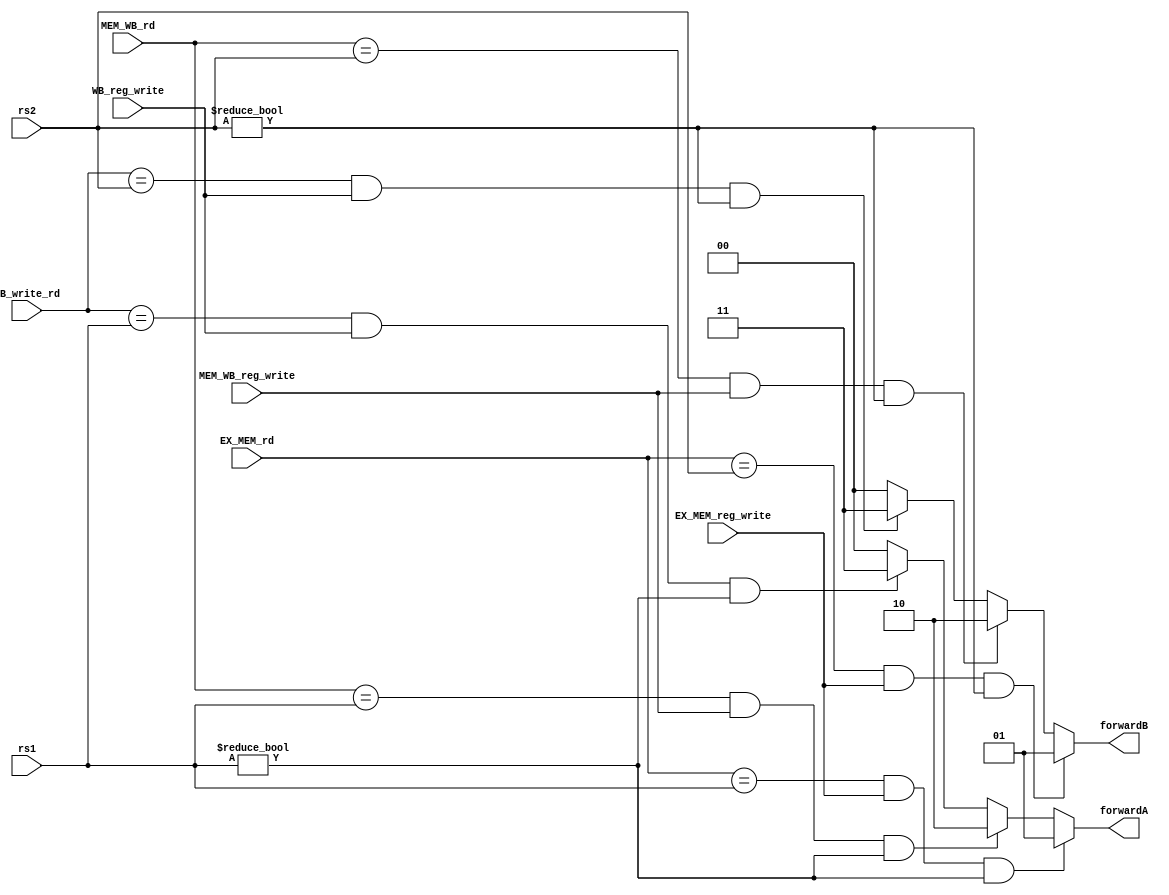
module ForwardingUnit(
                      input [4:0] rs1,
                      input [4:0] rs2,
                      input [4:0] EX_MEM_rd,
                      input [4:0] MEM_WB_rd,
                      input [4:0] WB_write_rd,
                      input EX_MEM_reg_write,
                      input MEM_WB_reg_write,
                      input WB_reg_write,
                      output reg [1:0] forwardA,
                      output reg [1:0] forwardB
                      );
    
    always @(*) begin
        forwardA = 2'b00;
        forwardB = 2'b00;

        // forwardA
       if (EX_MEM_rd == rs1 && EX_MEM_reg_write && rs1 != 0) begin // dist  = 1
            forwardA = 2'b01;
       end
       else if  (MEM_WB_rd == rs1 && MEM_WB_reg_write && rs1 != 0) begin  // dist = 2
            forwardA = 2'b10;
       end
       else if (WB_write_rd == rs1 && WB_reg_write && rs1 != 0) begin // dist = 3
            forwardA = 2'b11;
       end
        
        // forwardB
       if (EX_MEM_rd == rs2 && EX_MEM_reg_write && rs2 != 0) begin // dist  = 1
            forwardB = 2'b01;
       end
       else if  (MEM_WB_rd == rs2 && MEM_WB_reg_write && rs2 != 0) begin  // dist = 2
            forwardB = 2'b10;
       end
       else if (WB_write_rd == rs2 && WB_reg_write && rs2 != 0) begin // dist = 3
            forwardB = 2'b11; 
       end
    end

endmodule

// for forwarding data from MEM/WB to ID stage
module Forwardingunit_ecall(
    input[4:0] EX_MEM_rd,
    input[4:0] MEM_WB_rd,
    input[4:0] WB_write_rd,
    input EX_MEM_reg_write, 
    input MEM_WB_reg_write,
    input WB_reg_write,
    output [1:0] forward_ecall);
    
    reg [1:0] forward_ecall_reg;

    assign forward_ecall = forward_ecall_reg;
    always @(*) begin
        if((EX_MEM_rd == 5'd17) && EX_MEM_reg_write) begin
            forward_ecall_reg = 2'b01;
        end
        else if((MEM_WB_rd == 5'd17) && MEM_WB_reg_write) begin
            forward_ecall_reg = 2'b10;
        end
        else if((WB_write_rd == 5'd17) && WB_reg_write) begin
            forward_ecall_reg = 2'b11;
        end
        else
            forward_ecall_reg = 2'b0;
    end
endmodule